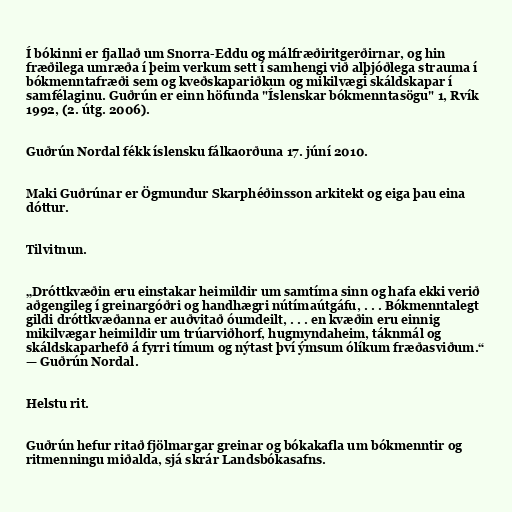
Í bókinni er fjallað um Snorra-Eddu og málfræðiritgerðirnar, og hin
fræðilega umræða í þeim verkum sett í samhengi við alþjóðlega strauma í
bókmenntafræði sem og kveðskapariðkun og mikilvægi skáldskapar í
samfélaginu. Guðrún er einn höfunda "Íslenskar bókmenntasögu" 1, Rvík
1992, (2. útg. 2006).

Guðrún Nordal fékk íslensku fálkaorðuna 17. júní 2010.

Maki Guðrúnar er Ögmundur Skarphéðinsson arkitekt og eiga þau eina
dóttur.

Tilvitnun.

„Dróttkvæðin eru einstakar heimildir um samtíma sinn og hafa ekki verið
aðgengileg í greinargóðri og handhægri nútímaútgáfu, . . . Bókmenntalegt
gildi dróttkvæðanna er auðvitað óumdeilt, . . . en kvæðin eru einnig
mikilvægar heimildir um trúarviðhorf, hugmyndaheim, táknmál og
skáldskaparhefð á fyrri tímum og nýtast því ýmsum ólíkum fræðasviðum.“
— Guðrún Nordal.

Helstu rit.

Guðrún hefur ritað fjölmargar greinar og bókakafla um bókmenntir og
ritmenningu miðalda, sjá skrár Landsbókasafns.